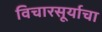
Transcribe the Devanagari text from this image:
विचारसूर्याचा